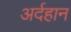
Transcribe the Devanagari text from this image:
अर्दहान